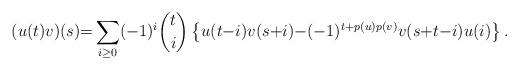
LaTeX: \begin{align*}&\ \ \ \ (u(t)v)(s) {=} \sum_{i\geq 0}(-1)^i \binom{t}{i} \left\{u(t{-}i)v(s{+}i){-}({-}1)^{t{+}p(u)p(v)}v(s{+}t{-}i)u(i)\right\}.\end{align*}